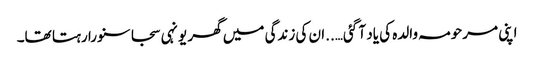
اپنی مرحومہ والدہ کی یاد آ گئی…..ان کی زندگی میں گھر یونہی سجا سنورا رہتا تھا۔